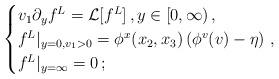
LaTeX: \begin{align*}\begin{cases}v_1\partial_y f^L = \mathcal{L}[f^L]\,,y\in[0,\infty) \,,\\f^L|_{y=0,v_1>0} = \phi^x(x_2,x_3)\left(\phi^v(v)-\eta\right)\,, \\f^L|_{y=\infty} = 0\,;\end{cases}\end{align*}